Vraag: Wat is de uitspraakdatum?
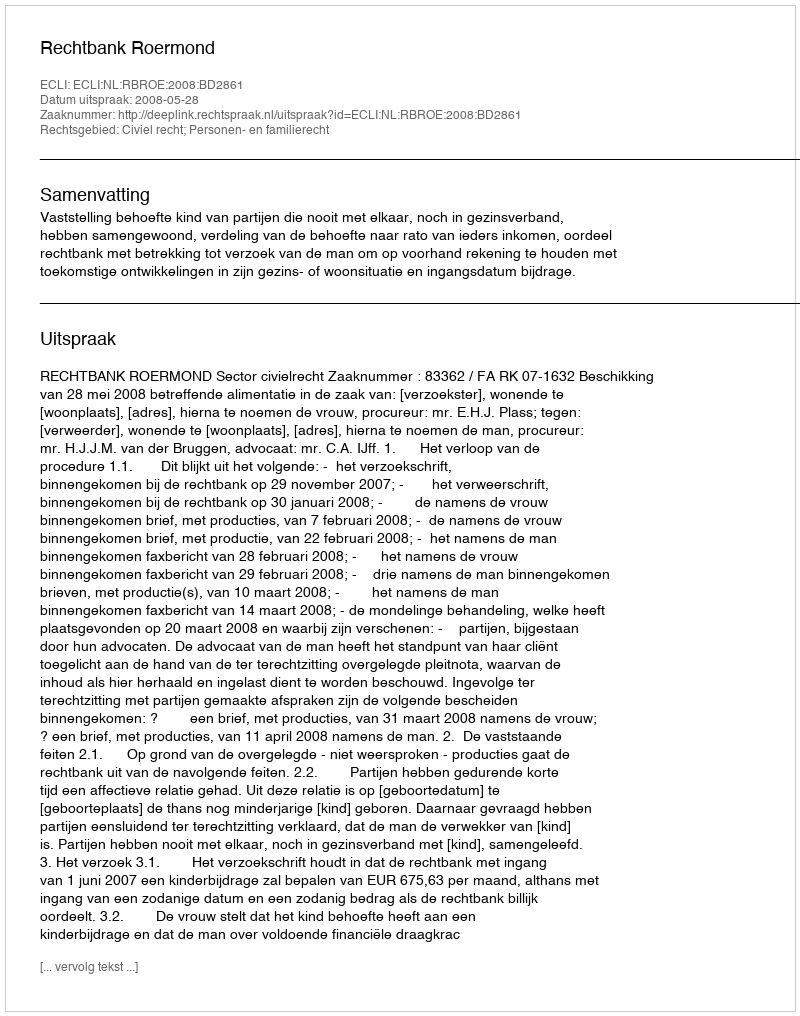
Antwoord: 2008-05-28